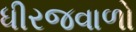
ધીરજવાળો